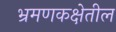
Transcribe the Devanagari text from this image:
भ्रमणकक्षेतील